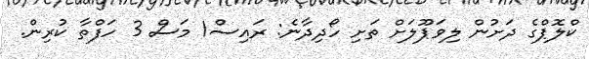
ކްލޮޕްގެ ދަށުން ލިވަޕޫލަށް ތަށި ހޯދިދާނެ: ރައިސް1 މަސް 3 ހަފްތާ ކުރިން.